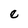
Character: e